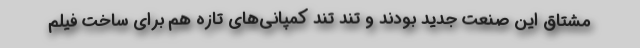
مشتاق این صنعت جدید بودند و تند تند کمپانی‌های تازه هم برای ساخت فیلم